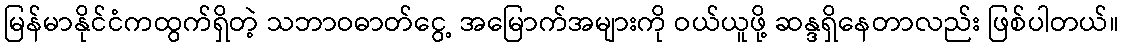
မြန်မာနိုင်ငံကထွက်ရှိတဲ့ သဘာဝဓာတ်ငွေ့ အမြောက်အများကို ဝယ်ယူဖို့ ဆန္ဒရှိနေတာလည်း ဖြစ်ပါတယ်။